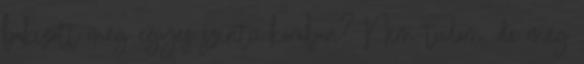
bakizott még egyes szintű korában? Nem tudom. de még